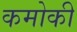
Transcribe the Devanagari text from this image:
कमोकी